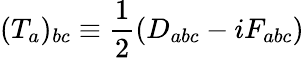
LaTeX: (T_{a})_{bc}\equiv\frac{1}{2}(D_{abc}-iF_{abc})